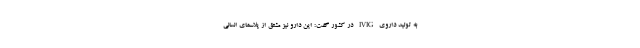
به تولید داروی IVIG در کشور گفت: این دارو نیز مشتق از پلاسمای انسانی